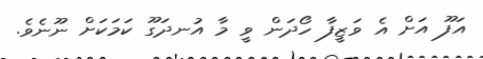
އަފޫ އަށް އެ ވަޒީފާ ހޯދަން ވީ މާ އުނދަގޫ ކަމަކަށް ނޫނެވެ.